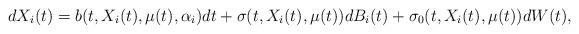
LaTeX: \begin{align*} dX_i(t)=b(t,X_i(t),\mu(t),\alpha_i)dt +\sigma(t,X_i(t),\mu(t))dB_i(t)+\sigma_0(t,X_i(t),\mu(t))dW(t),\end{align*}